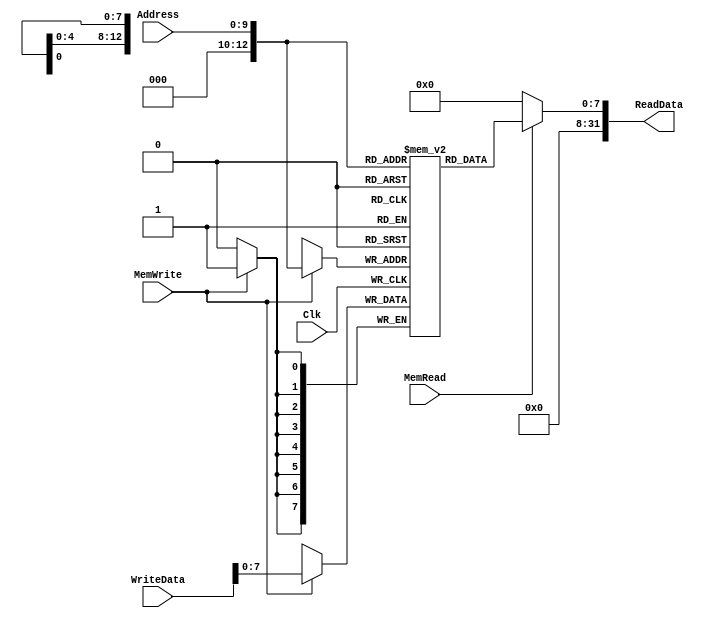
`timescale 1ns / 1ps
//Iain Donnelly , Josue Ortiz
// Effort 50-50
////////////////////////////////////////////////////////////////////////////////
// ECE369 - Computer Architecture
// 
// Module - data_memory.v
// Description - 32-Bit wide data memory.
//
// INPUTS:-
// Address: 32-Bit address input port.
// WriteData: 32-Bit input port.
// Clk: 1-Bit Input clock signal.
// MemWrite: 1-Bit control signal for memory write.
// MemRead: 1-Bit control signal for memory read.
//
// OUTPUTS:-
// ReadData: 32-Bit registered output port.
//
// FUNCTIONALITY:-
// Design the above memory similar to the 'RegisterFile' model in the previous 
// assignment.  Create a 1K memory, for which we need 10 bits.  In order to 
// implement byte addressing, we will use bits Address[11:2] to index the 
// memory location. The 'WriteData' value is written into the address 
// corresponding to Address[11:2] in the positive clock edge if 'MemWrite' 
// signal is 1. 'ReadData' is the value of memory location Address[11:2] if 
// 'MemRead' is 1, otherwise, it is 0x00000000. The reading of memory is not 
// clocked.
//
// you need to declare a 2d array. in this case we need an array of 1024 (1K)  
// 32-bit elements for the memory.   
// for example,  to declare an array of 256 32-bit elements, declaration is: reg[31:0] memory[0:255]
// if i continue with the same declaration, we need 8 bits to index to one of 256 elements. 
// however , address port for the data memory is 32 bits. from those 32 bits, least significant 2 
// bits help us index to one of the 4 bytes within a single word. therefore we only need bits [9-2] 
// of the "Address" input to index any of the 256 words. 
////////////////////////////////////////////////////////////////////////////////

module DataMemory(Address, WriteData, Clk, MemWrite, MemRead, ReadData); 

    input [9:0] Address; 	// Input Address 
    input [31:0] WriteData; // Data that needs to be written into the address 
    input Clk;
    input MemWrite; 		// Control signal for memory write 
    input MemRead; 			// Control signal for memory read 
    integer i;
    output reg[31:0] ReadData; // Contents of memory location at Address
    reg [7:0] memory [0:4111]; // main Data memory 1K of 32 bit wide elements
      
    initial begin 
        for(i =0; i < 4112; i = i+1) begin
        memory[i] <= 0;
        end
    end
    always @(posedge Clk) begin
            if (MemWrite == 1'b1) begin         //checks for Memory Write signal from controller
                
               // if(Address[1:0] == 0) begin  memory[Address][7:0] <= WriteData[7:0]; end
              //  else if (Address[1:0] == 1) begin memory[Address][15:8] <= WriteData[7:0]; end
              //  else if (Address[1:0] == 2) begin memory[Address][23:16] <= WriteData[7:0]; end 
              //  else (Address[1:0] == 3) begin  memory[Address][31:24] <= WriteData[7:0]; end 
                memory[Address] <= WriteData; //sends data from register to memory address Address[11:2] 
            end
        end    
        
    always @(*) begin
            if (MemRead == 1'b1) begin          //checks Mread memory flag from controller
                    ReadData <= memory[Address];  //sends data stored at memory address Address[11:2] to the output mux
            end
            else
                    ReadData <= 8'h0;    //sets Data Memory output to mux to zero if Memory read flag is not 1
        end    
    /* Please fill in the implementation here */

endmodule